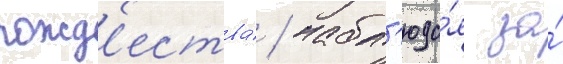
рожд'ества́ / набл'юда́я за́